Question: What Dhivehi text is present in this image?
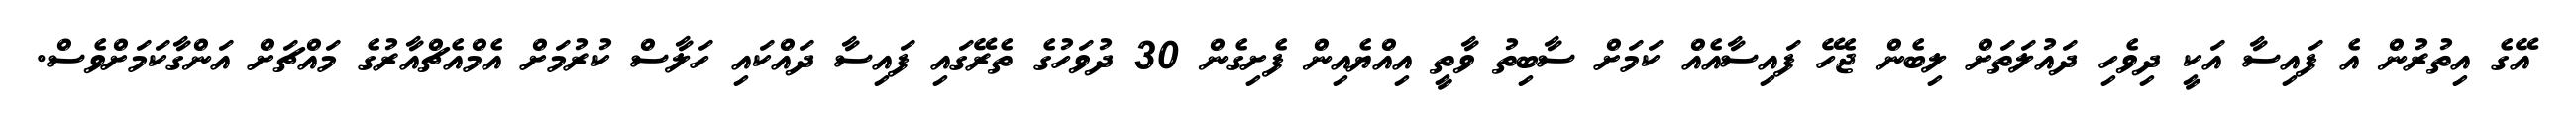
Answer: އޭގެ އިތުރުން އެ ފައިސާ އަކީ ދިވެހި ދައުލަތަށް ލިބެން ޖެހޭ ފައިސާއެއް ކަމަށް ސާބިތު ވާތީ އިއްޔެއިން ފެށިގެން 30 ދުވަހުގެ ތެރޭގައި ފައިސާ ދައްކައި ހަލާސް ކުރުމަށް އެމްއެޗްއާރުގެ މައްޗަށް އަންގާކަމަށްވެސް.